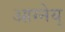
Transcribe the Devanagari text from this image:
आग्नेय्